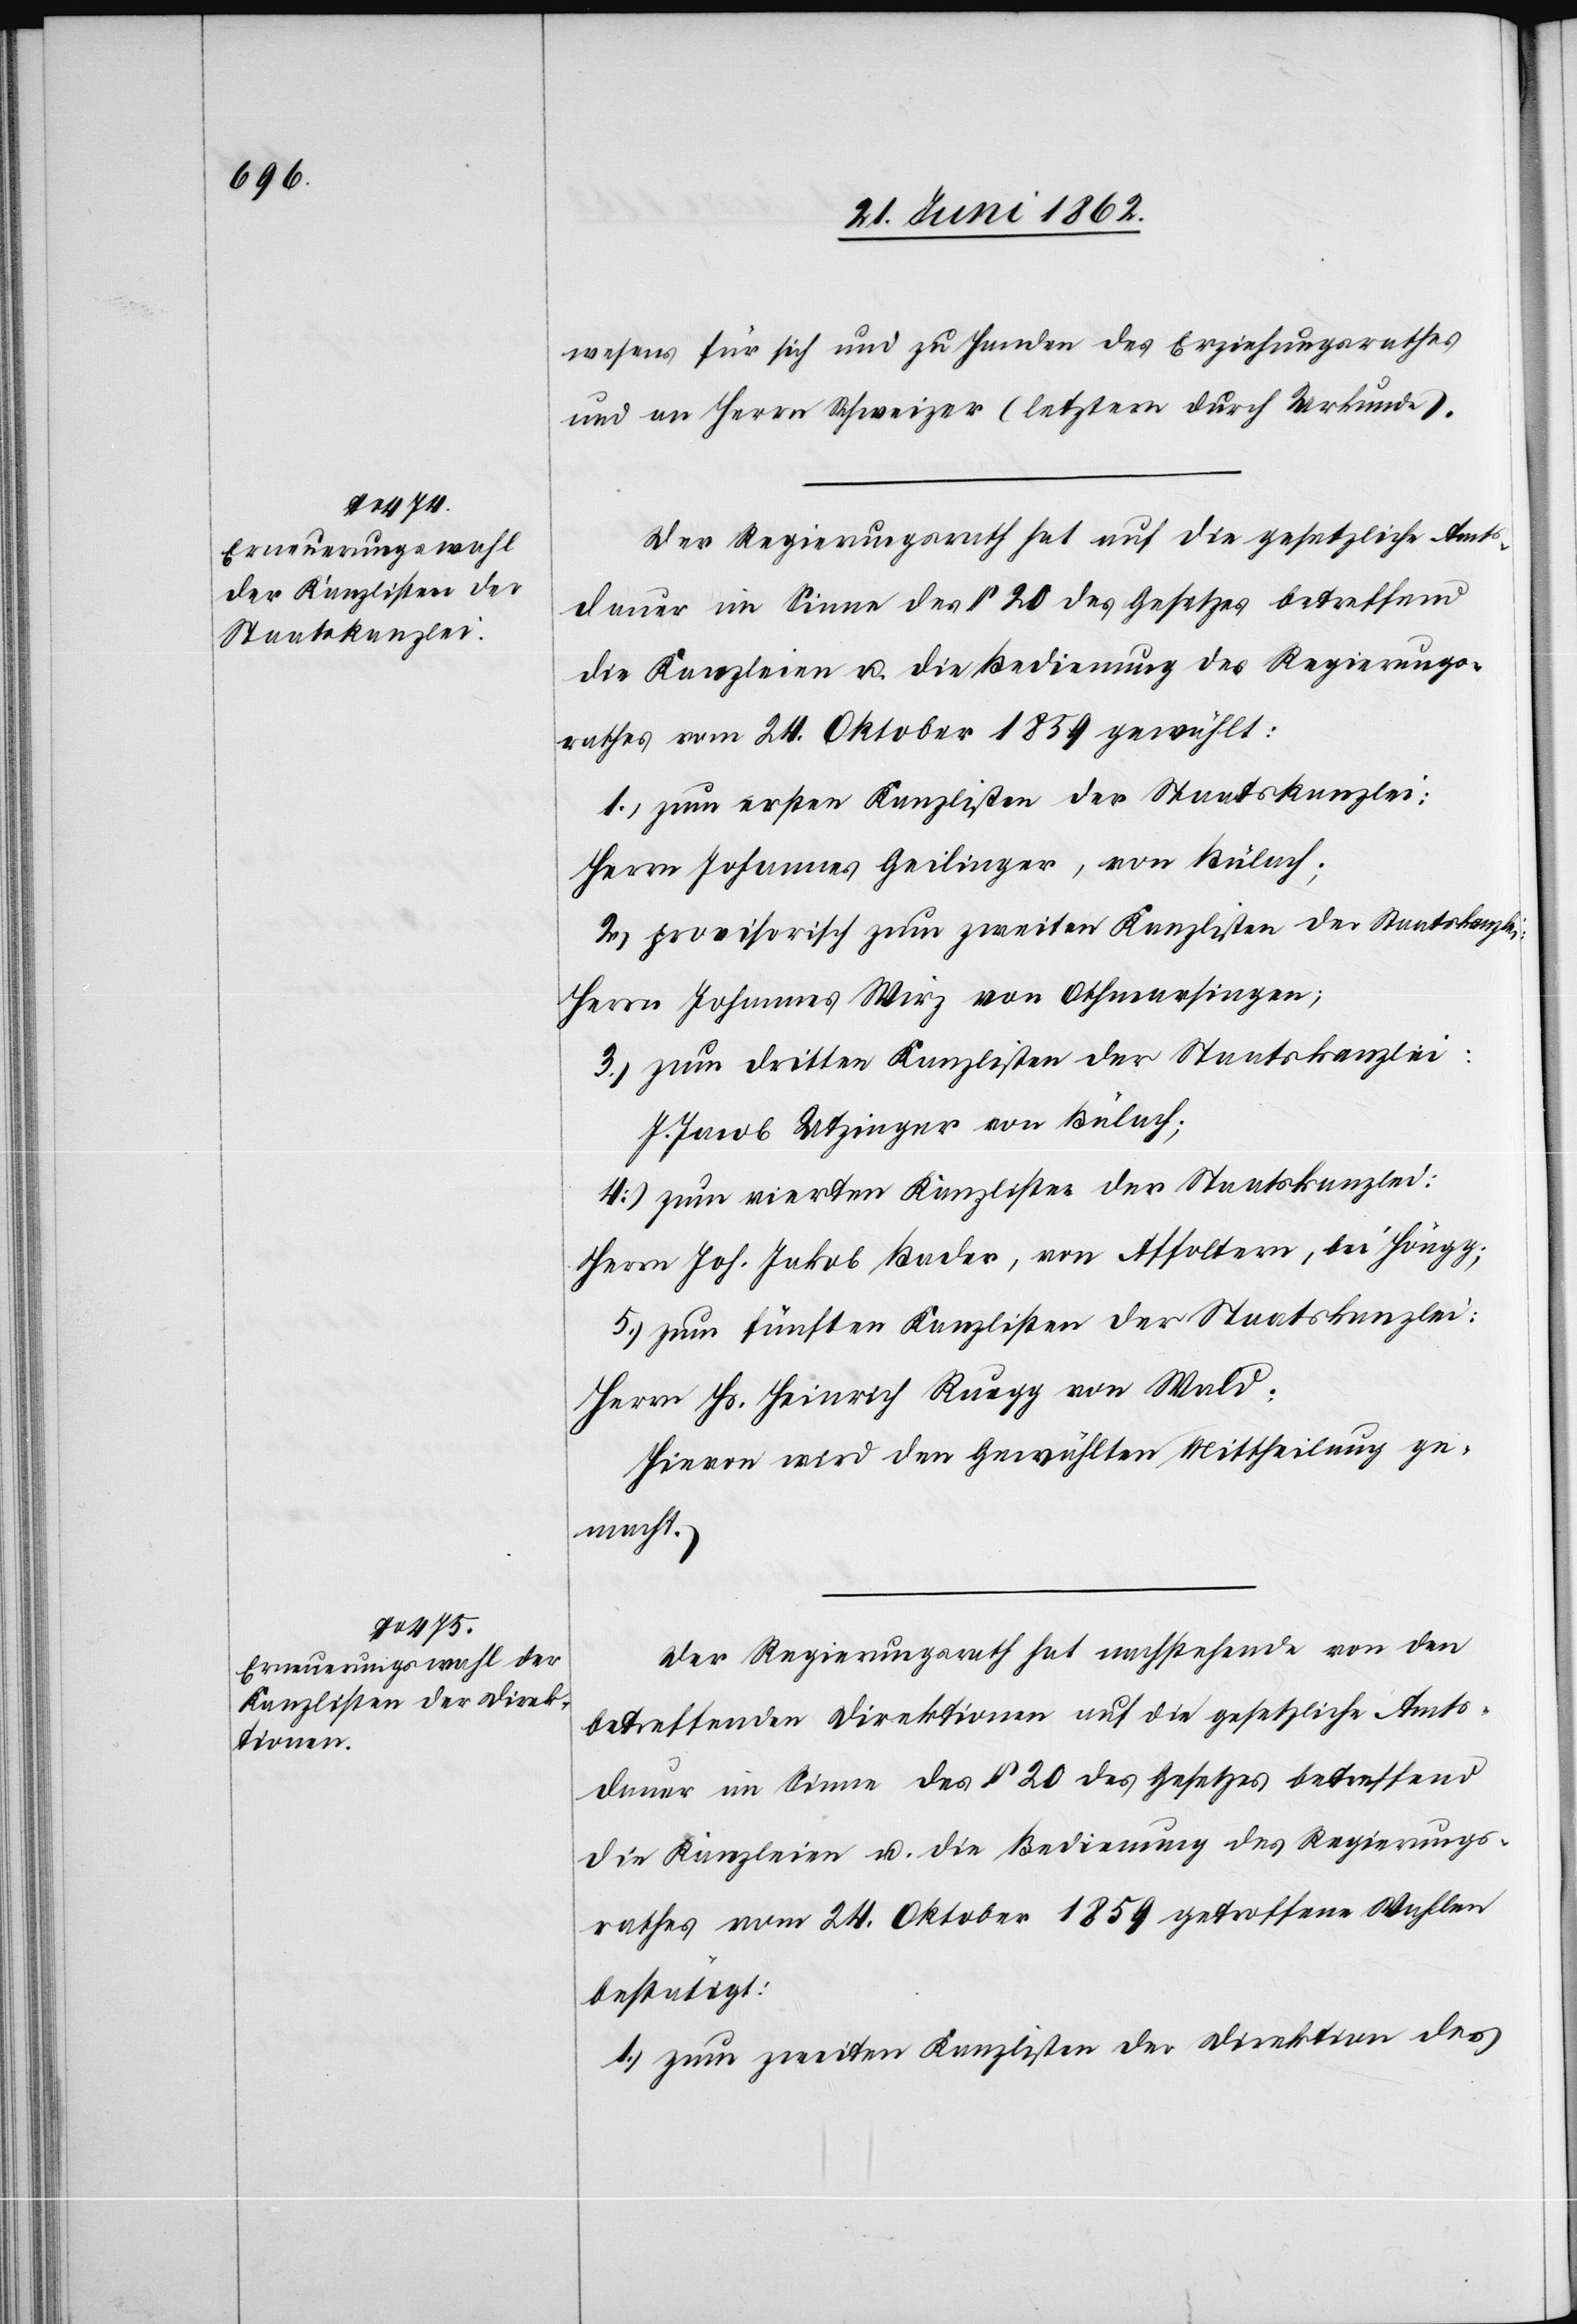
wesens für sich und zu Handen des Erziehungsrathes
und an Herrn Schweizer (letztern durch Urkunde).
Der Regierungsrath hat auf die gesetzliche Amts¬
dauer im Sinne des § 20 des Gesetzes betreffend
die Kanzleien u. die Bedienung des Regierungs¬
rathes vom 24. Oktober 1859 gewählt:
1) zum ersten Kanzlisten der Staatskanzlei:
Herrn Johannes Geilinger, von Bülach;
2) provisorisch zum zweiten Kanzlisten der Staatskanzlei:
Herrn Johannes Wirz von Othmarsingen;
3) zum dritten Kanzlisten der Staatskanzlei:
J. Jacob Utzinger von Bülach;
4) zum vierten Kanzlisten der Staatskanzlei:
Herrn Joh. Jakob Bader, von Affoltern, bei Höngg;
5) zum fünften Kanzlisten der Staatskanzlei:
Herrn Hs. Heinrich Ruegg von Wald;
Hievon wird den Gewählten Mittheilung ge¬
macht.
Der Regierungsrath hat nachstehende von den
betreffenden Direktionen auf die gesetzliche Amts¬
dauer im Sinne des § 20 des Gesetzes betreffend
die Kanzleien u. die Bedienung des Regierungs¬
rathes vom 24.Oktober 1859 getroffene Wahlen
bestätigt:
1) zum zweiten Kanzlisten der Direktion des